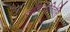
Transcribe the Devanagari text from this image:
अदिख़तितेसि